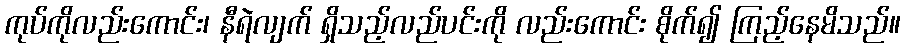
ကုပ်ကိုလည်းကောင်း၊ နီရဲလျက် ရှိသည့်လည်ပင်းကို လည်းကောင်း စိုက်၍ ကြည့်နေမိသည်။